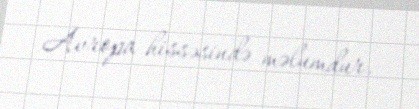
Avropa hissəsində məlumdur.